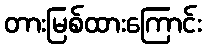
တားမြစ်ထားကြောင်း